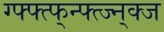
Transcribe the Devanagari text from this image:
ग्फ्फ्त्फ्न्फ्त्ज्न्क्ज